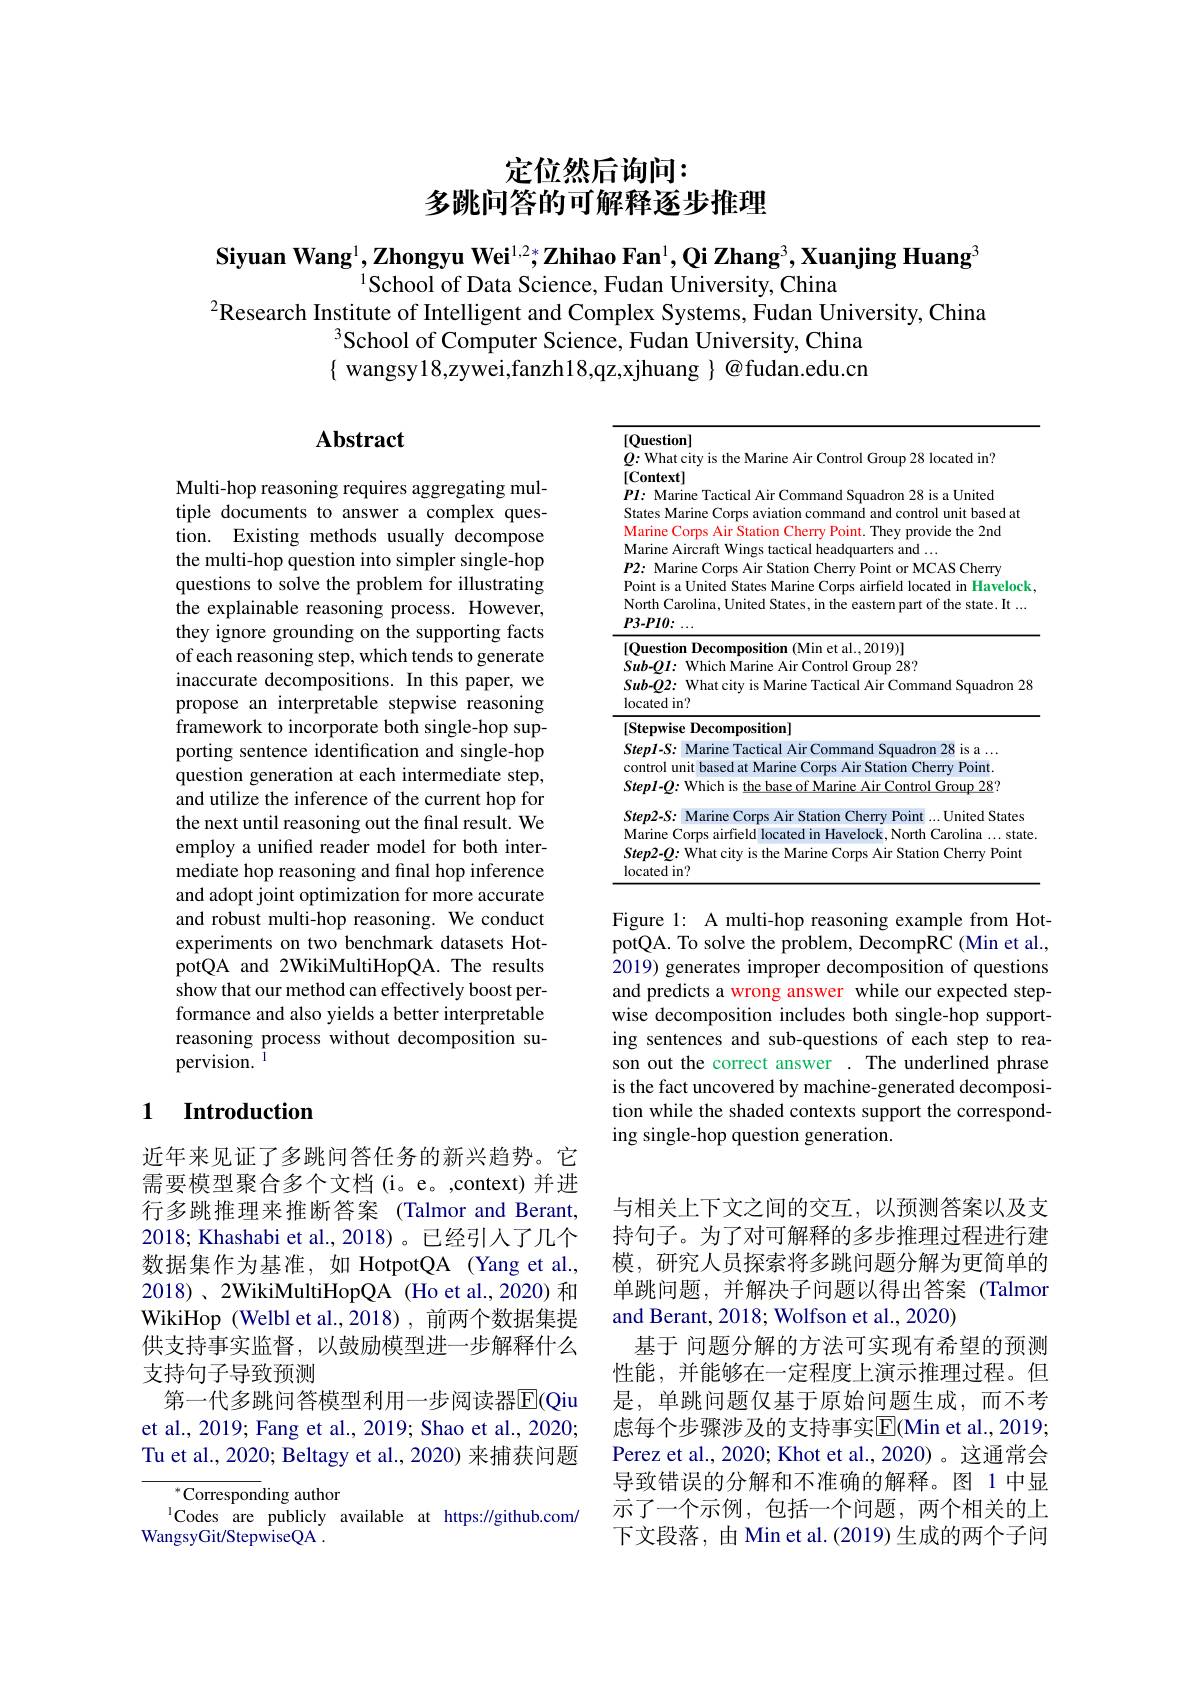
# 定位然后询问： 多跳问答的可解释逐步推理

Siyuan Wang$^1,\textbf{Zhongyu Wei}^{1,2*};\textbf{Zhihao Fan}^1,\textbf{Qi Zhang}^3,\textbf{Xuanjing Huang}^3$
$^{1}$School of Data Science, Fudan University, China
$^{2}$Research Institute of Intelligent and Complex Systems, Fudan University, China
$^3$School of Computer Science, Fudan University, China { wangsy18,zywei,fanzh18,qz,xjhuang }@fudan.edu.cn

# Abstract

<table>
	<tbody>
		<tr>
			<td> </td>
			<td>$l-S:$ Marine Tactical Air Command Squadron 28 is a ... ol unit based at Marine Corps Air Station Cherry Point. $l-Q:$ Which is the base of Marine Air Control Group 28?</td>
		</tr>
	</tbody>
</table>

Multi-hop reasoning requires aggregating multiple documents to answer a complex question. Existing methods usually decompose the multi-hop question into simpler single-hop questions to solve the problem for illustrating the explainable reasoning process. However, they ignore grounding on the supporting facts of each reasoning step, which tends to generate inaccurate decompositions. In this paper, we propose an interpretable stepwise reasoning framework to incorporate both single-hop supporting sentence identification and single-hop question generation at each intermediate step, and utilize the inference of the current hop for the next until reasoning out the final result. We employ a unified reader model for both intermediate hop reasoning and final hop inference and adopt joint optimization for more accurate and robust multi-hop reasoning. We conduct experiments on two benchmark datasets HotpotQA and 2WikiMultiHopQA. The results show that our method can effectively boost performance and also yields a better interpretable reasoning process without decomposition supervision. $^{\mathrm{i}}$

Figure 1: A multi-hop reasoning example from HotpotQA. To solve the problem, DecompRC (Min et al., $\hat{2019})$ generates improper decomposition of questions and predicts a wrong answer while our expected stepwise decomposition includes both single-hop supporting sentences and sub-questions of each step to reason out the correct answer . The underlined phrase is the fact uncovered by machine-generated decomposition while the shaded contexts support the corresponding single-hop question generation.

### 1 $\textbf{Introduction}$

近年来见证了多跳问答任务的新兴趋势。它需要模型聚合多个文档(i。e。,context) 并进行多跳推理来推断答案(Talmor and Berant, 2018; Khashabi et al.,2018)。已经引入了几个数据集作为基准，如 HotpotQA (Yang et al., 2018)、2WikiMultiHopQA (Ho et al., 2020) 和WikiHop (Welbl et al.,2018), 前两个数据集提供支持事实监督，以鼓励模型进一步解释什么支持句子导致预测
第一代多跳问答模型利用一步阅读器$\overline{\mathrm{E}}($Qiu et al., 2019; Fang et al., 2019; Shao et al., 2020; Tu et al., 2020; Beltagy et al., 2020) 来捕获问题
$^{*}$Corresponding author
$^{1}$Codes are publicly available at https://github.com/
WangsyGit/StepwiseQA .

与相关上下文之间的交互，以预测答案以及支持句子。为了对可解释的多步推理过程进行建模，研究人员探索将多跳问题分解为更简单的单跳问题，并解决子问题以得出答案(Talmor and Berant, 2018; Wolfson et al., 2020)
基于 问题分解的方法可实现有希望的预测性能，并能够在一定程度上演示推理过程。但是，单跳问题仅基于原始问题生成，而不考虑每个步骤涉及的支持事实$\overline{\mathrm{E}}$(Min et al., 2019; Perez et al., 2020; Khot et al., 2020)。这通常会导致错误的分解和不准确的解释。图 1 中显示了一个示例，包括一个问题，两个相关的上下文段落，由 Min et al. (2019) 生成的两个子间